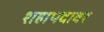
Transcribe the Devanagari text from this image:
शहापदावर